Physiological action of certain drugs in tablet form - Number 52A
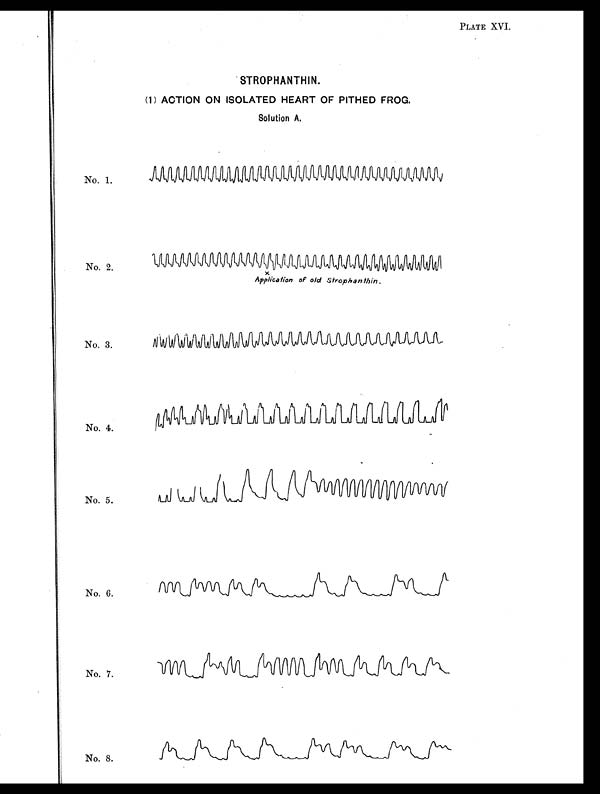
PLATE XVI.
STROPHANTHIN.
(1) ACTION ON ISOLATED HEART OF PITHED FROG.
Solution A.
No. 1.
No. 2.
x
Application of old Strophanthin.
No. 3.
No. 4.
No. 5.
No. 6.
No. 7.
No. 8.